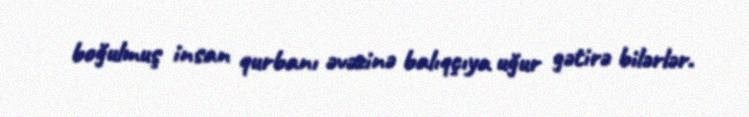
boğulmuş insan qurbanı əvəzinə balıqçıya uğur gətirə bilərlər.